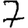
Digit: 7